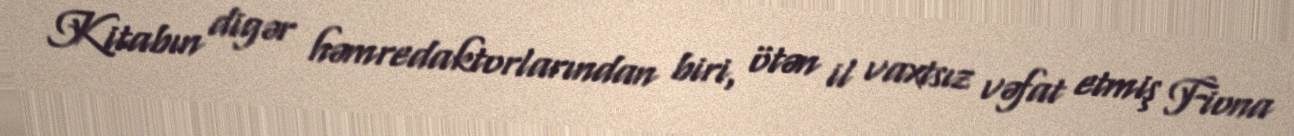
Kitabın digər həmredaktorlarından biri, ötən il vaxtsız vəfat etmiş Fiona